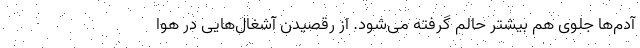
آدم‌ها جلوی هم بیشتر حالم گرفته می‌شود.‌ از رقصیدن آشغال‌هایی در هوا